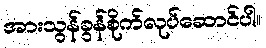
အားသွန်ခွန်စိုက်လုပ်ဆောင်ပါ။